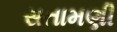
સતામણી